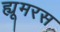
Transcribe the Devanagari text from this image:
ह्यूमरस